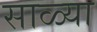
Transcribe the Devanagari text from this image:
साळ्या